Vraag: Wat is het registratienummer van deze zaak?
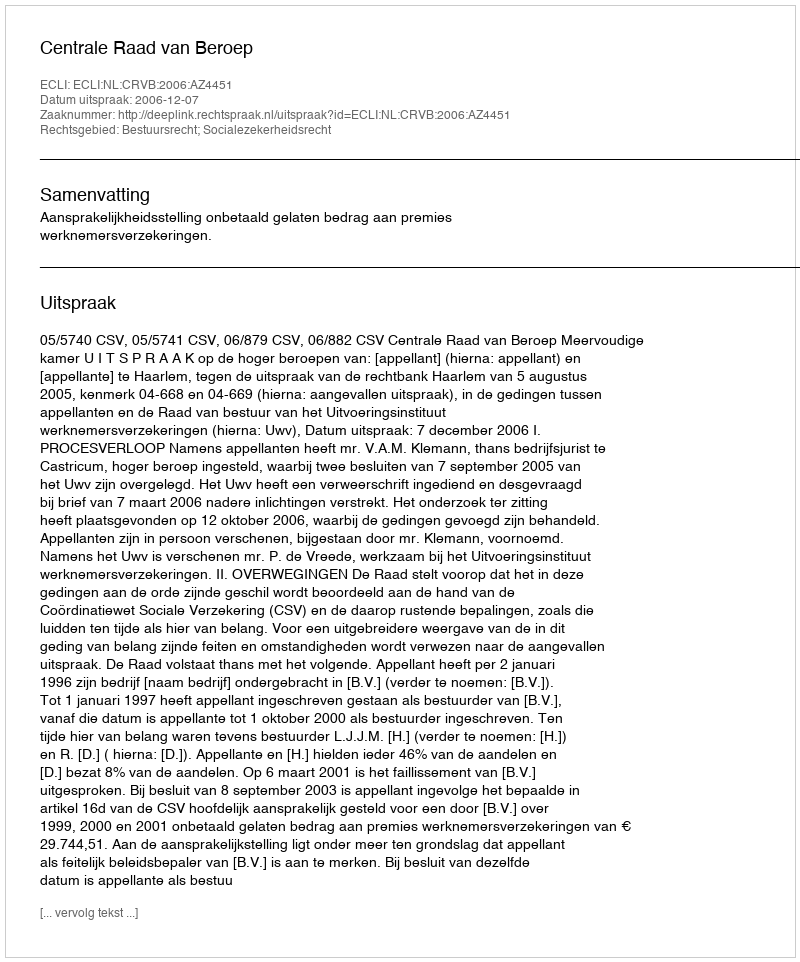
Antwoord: http://deeplink.rechtspraak.nl/uitspraak?id=ECLI:NL:CRVB:2006:AZ4451